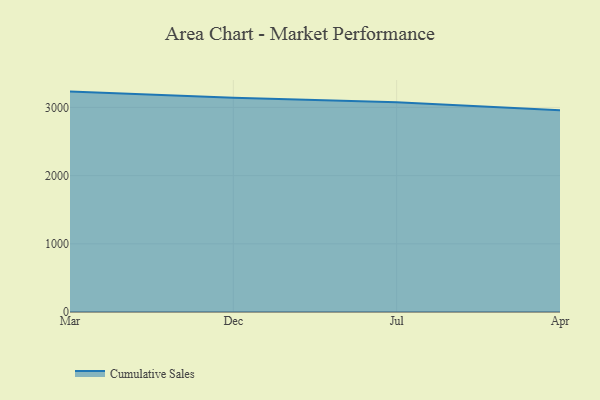
{"axis": {"x": "Month", "y": "Revenue (USD Million)"}, "legend": ["Cumulative Sales"], "data": [{"x": "Mar", "y": 3231.8, "type": "Cumulative Sales"}, {"x": "Dec", "y": 3140.9, "type": "Cumulative Sales"}, {"x": "Jul", "y": 3075.8, "type": "Cumulative Sales"}, {"x": "Apr", "y": 2958.7, "type": "Cumulative Sales"}]}